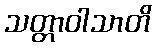
သတ္တာဝါသာတိ